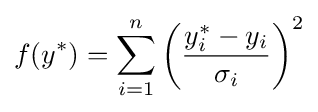
f(y^{*})=\sum _{i=1}^{n}\left({\frac {y_{i}^{*}-y_{i}}{\sigma _{i}}}\right)^{2}